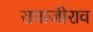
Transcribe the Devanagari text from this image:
रायाजीराव